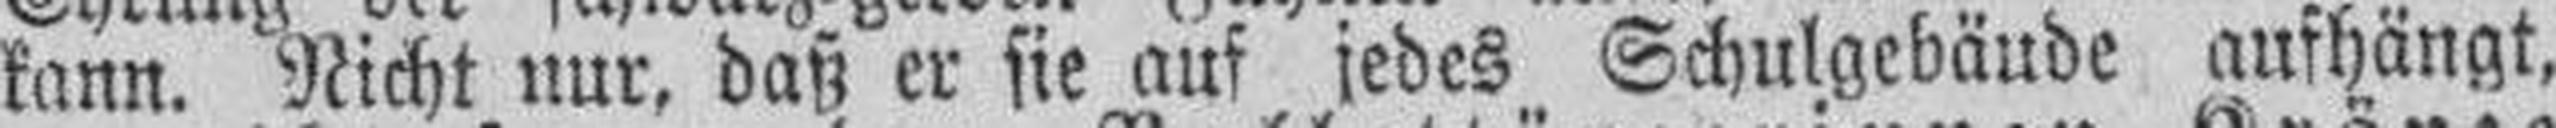
kann. Nicht nur, daß er sie auf jedes Schulgebäude aufhängt,